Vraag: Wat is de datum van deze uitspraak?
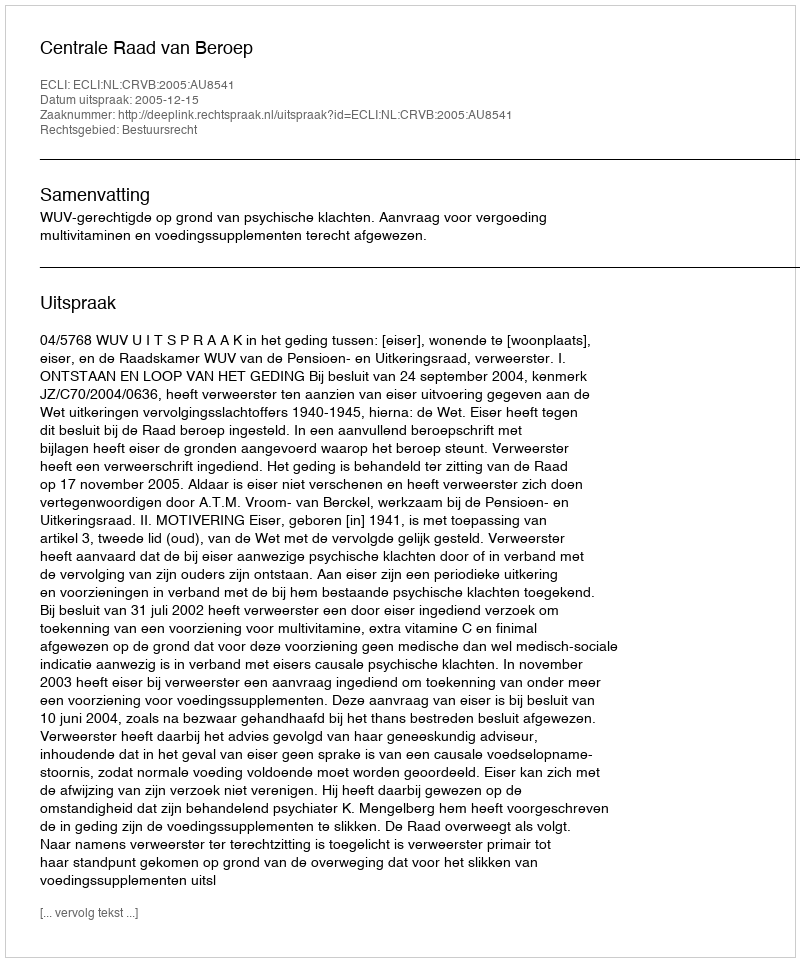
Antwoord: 2005-12-15